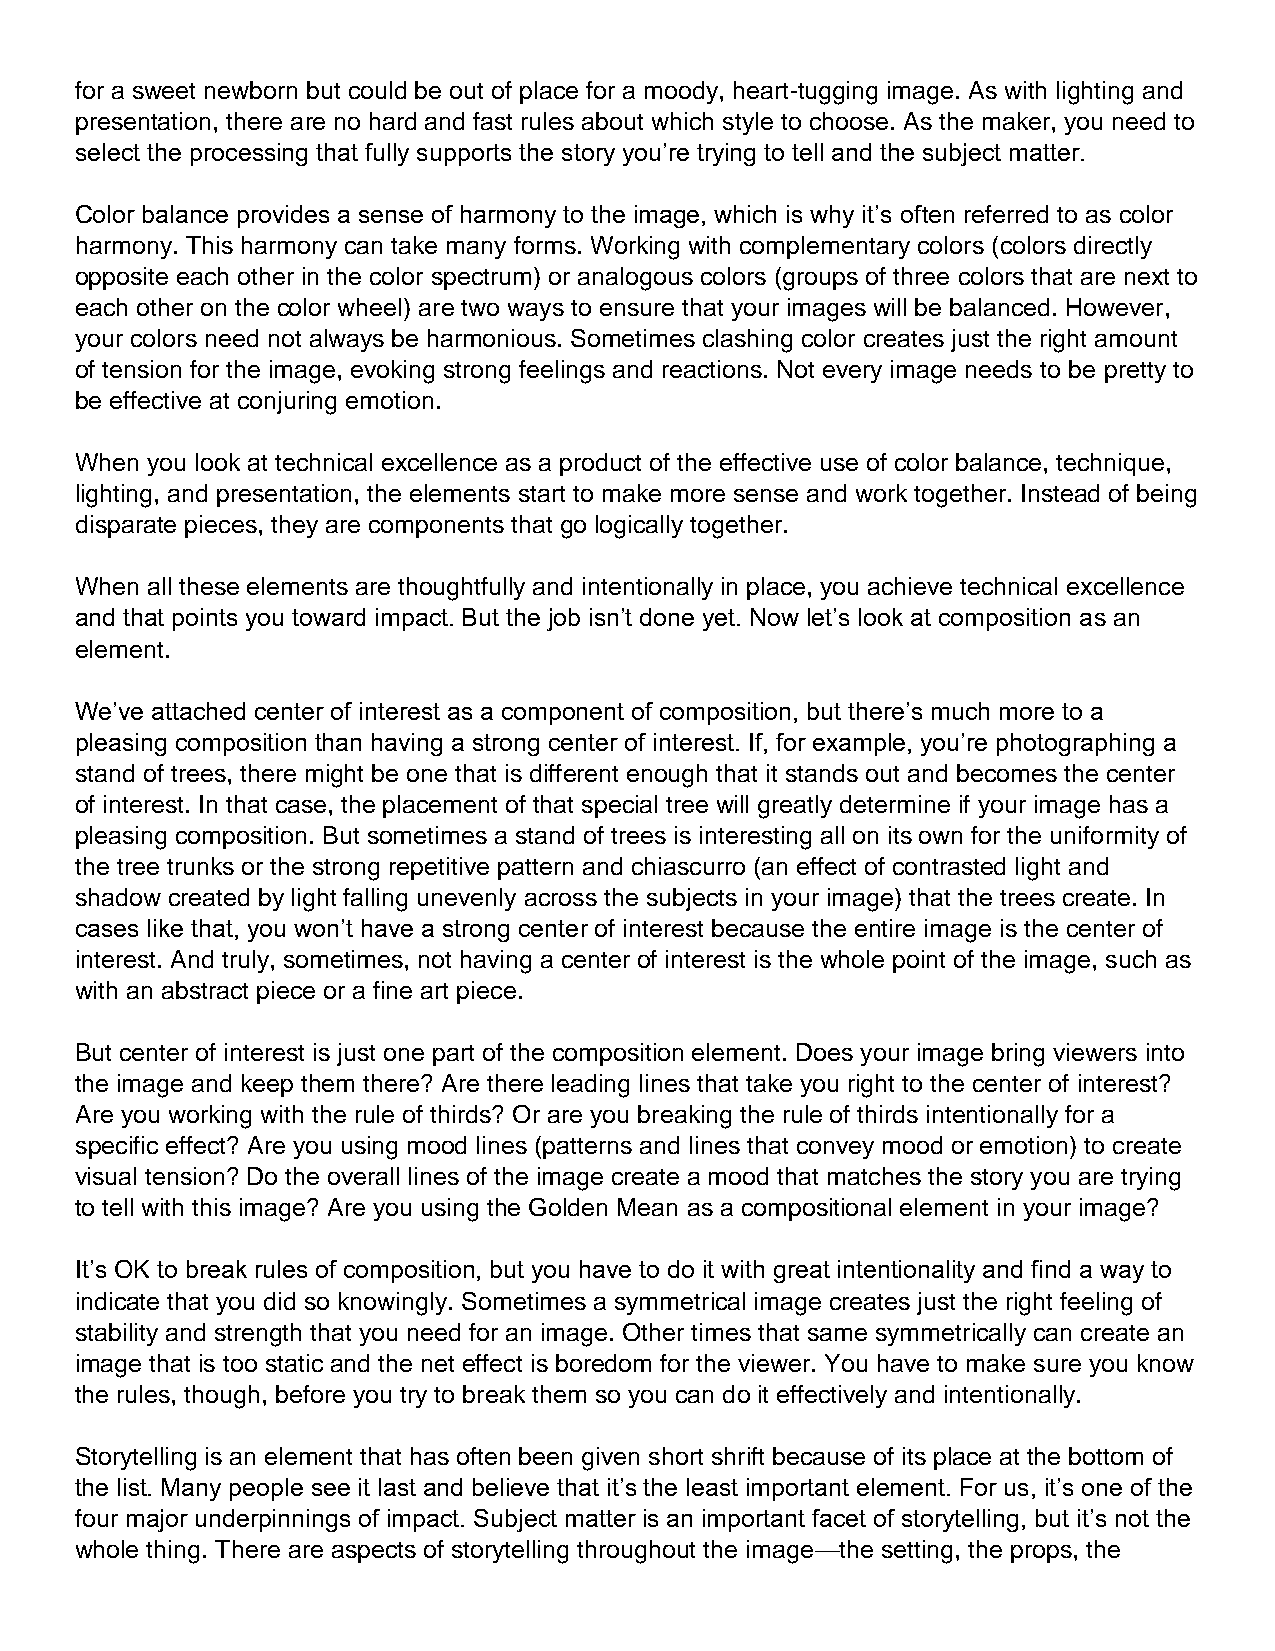
for a sweet newborn but could be out of place for a moody, heart-tugging image. As with lighting and
 presentation, there are no hard and fast rules about which style to choose. As the maker, you need to
 select the processing that fully supports the story you’re trying to tell and the subject matter.
 Color balance provides a sense of harmony to the image, which is why it’s often referred to as color
 harmony. This harmony can take many forms. Working with complementary colors (colors directly
 opposite each other in the color spectrum) or analogous colors (groups of three colors that are next to
 each other on the color wheel) are two ways to ensure that your images will be balanced. However,
 your colors need not always be harmonious. Sometimes clashing color creates just the right amount
 of tension for the image, evoking strong feelings and reactions. Not every image needs to be pretty to
 be effective at conjuring emotion.
 When you look at technical excellence as a product of the effective use of color balance, technique,
 lighting, and presentation, the elements start to make more sense and work together. Instead of being
 disparate pieces, they are components that go logically together.
 When all these elements are thoughtfully and intentionally in place, you achieve technical excellence
 and that points you toward impact. But the job isn’t done yet. Now let’s look at composition as an
 element.
 We’ve attached center of interest as a component of composition, but there’s much more to a
 pleasing composition than having a strong center of interest. If, for example, you’re photographing a
 stand of trees, there might be one that is different enough that it stands out and becomes the center
 of interest. In that case, the placement of that special tree will greatly determine if your image has a
 pleasing composition. But sometimes a stand of trees is interesting all on its own for the uniformity of
 the tree trunks or the strong repetitive pattern and chiascurro (an effect of contrasted light and
 shadow created by light falling unevenly across the subjects in your image) that the trees create. In
 cases like that, you won’t have a strong center of interest because the entire image is the center of
 interest. And truly, sometimes, not having a center of interest is the whole point of the image, such as
 with an abstract piece or a fine art piece.
 But center of interest is just one part of the composition element. Does your image bring viewers into
 the image and keep them there? Are there leading lines that take you right to the center of interest?
 Are you working with the rule of thirds? Or are you breaking the rule of thirds intentionally for a
 specific effect? Are you using mood lines (patterns and lines that convey mood or emotion) to create
 visual tension? Do the overall lines of the image create a mood that matches the story you are trying
 to tell with this image? Are you using the Golden Mean as a compositional element in your image?
 It’s OK to break rules of composition, but you have to do it with great intentionality and find a way to
 indicate that you did so knowingly. Sometimes a symmetrical image creates just the right feeling of
 stability and strength that you need for an image. Other times that same symmetrically can create an
 image that is too static and the net effect is boredom for the viewer. You have to make sure you know
 the rules, though, before you try to break them so you can do it effectively and intentionally.
 Storytelling is an element that has often been given short shrift because of its place at the bottom of
 the list. Many people see it last and believe that it’s the least important element. For us, it’s one of the
 four major underpinnings of impact. Subject matter is an important facet of storytelling, but it’s not the
 whole thing. There are aspects of storytelling throughout the image—the setting, the props, the